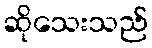
ဆိုသေးသည်